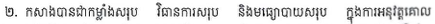
២. កសាងបានជាកម្លាំងសរុប វិធានការសរុប និងមធ្យោបាយសរុប ក្នុងការអនុវត្តគោល